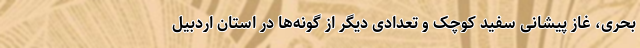
بحری، غاز پیشانی سفید کوچک و تعدادی دیگر از گونه‌ها در استان اردبیل